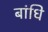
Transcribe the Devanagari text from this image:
बांधि